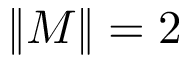
\| M \| = 2